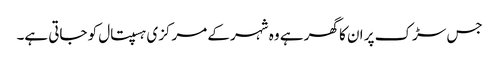
جس سڑک پر ان کا گھر ہے وہ شہر کے مرکزی ہسپتال کو جاتی ہے۔